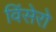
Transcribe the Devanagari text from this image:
विंसेरो